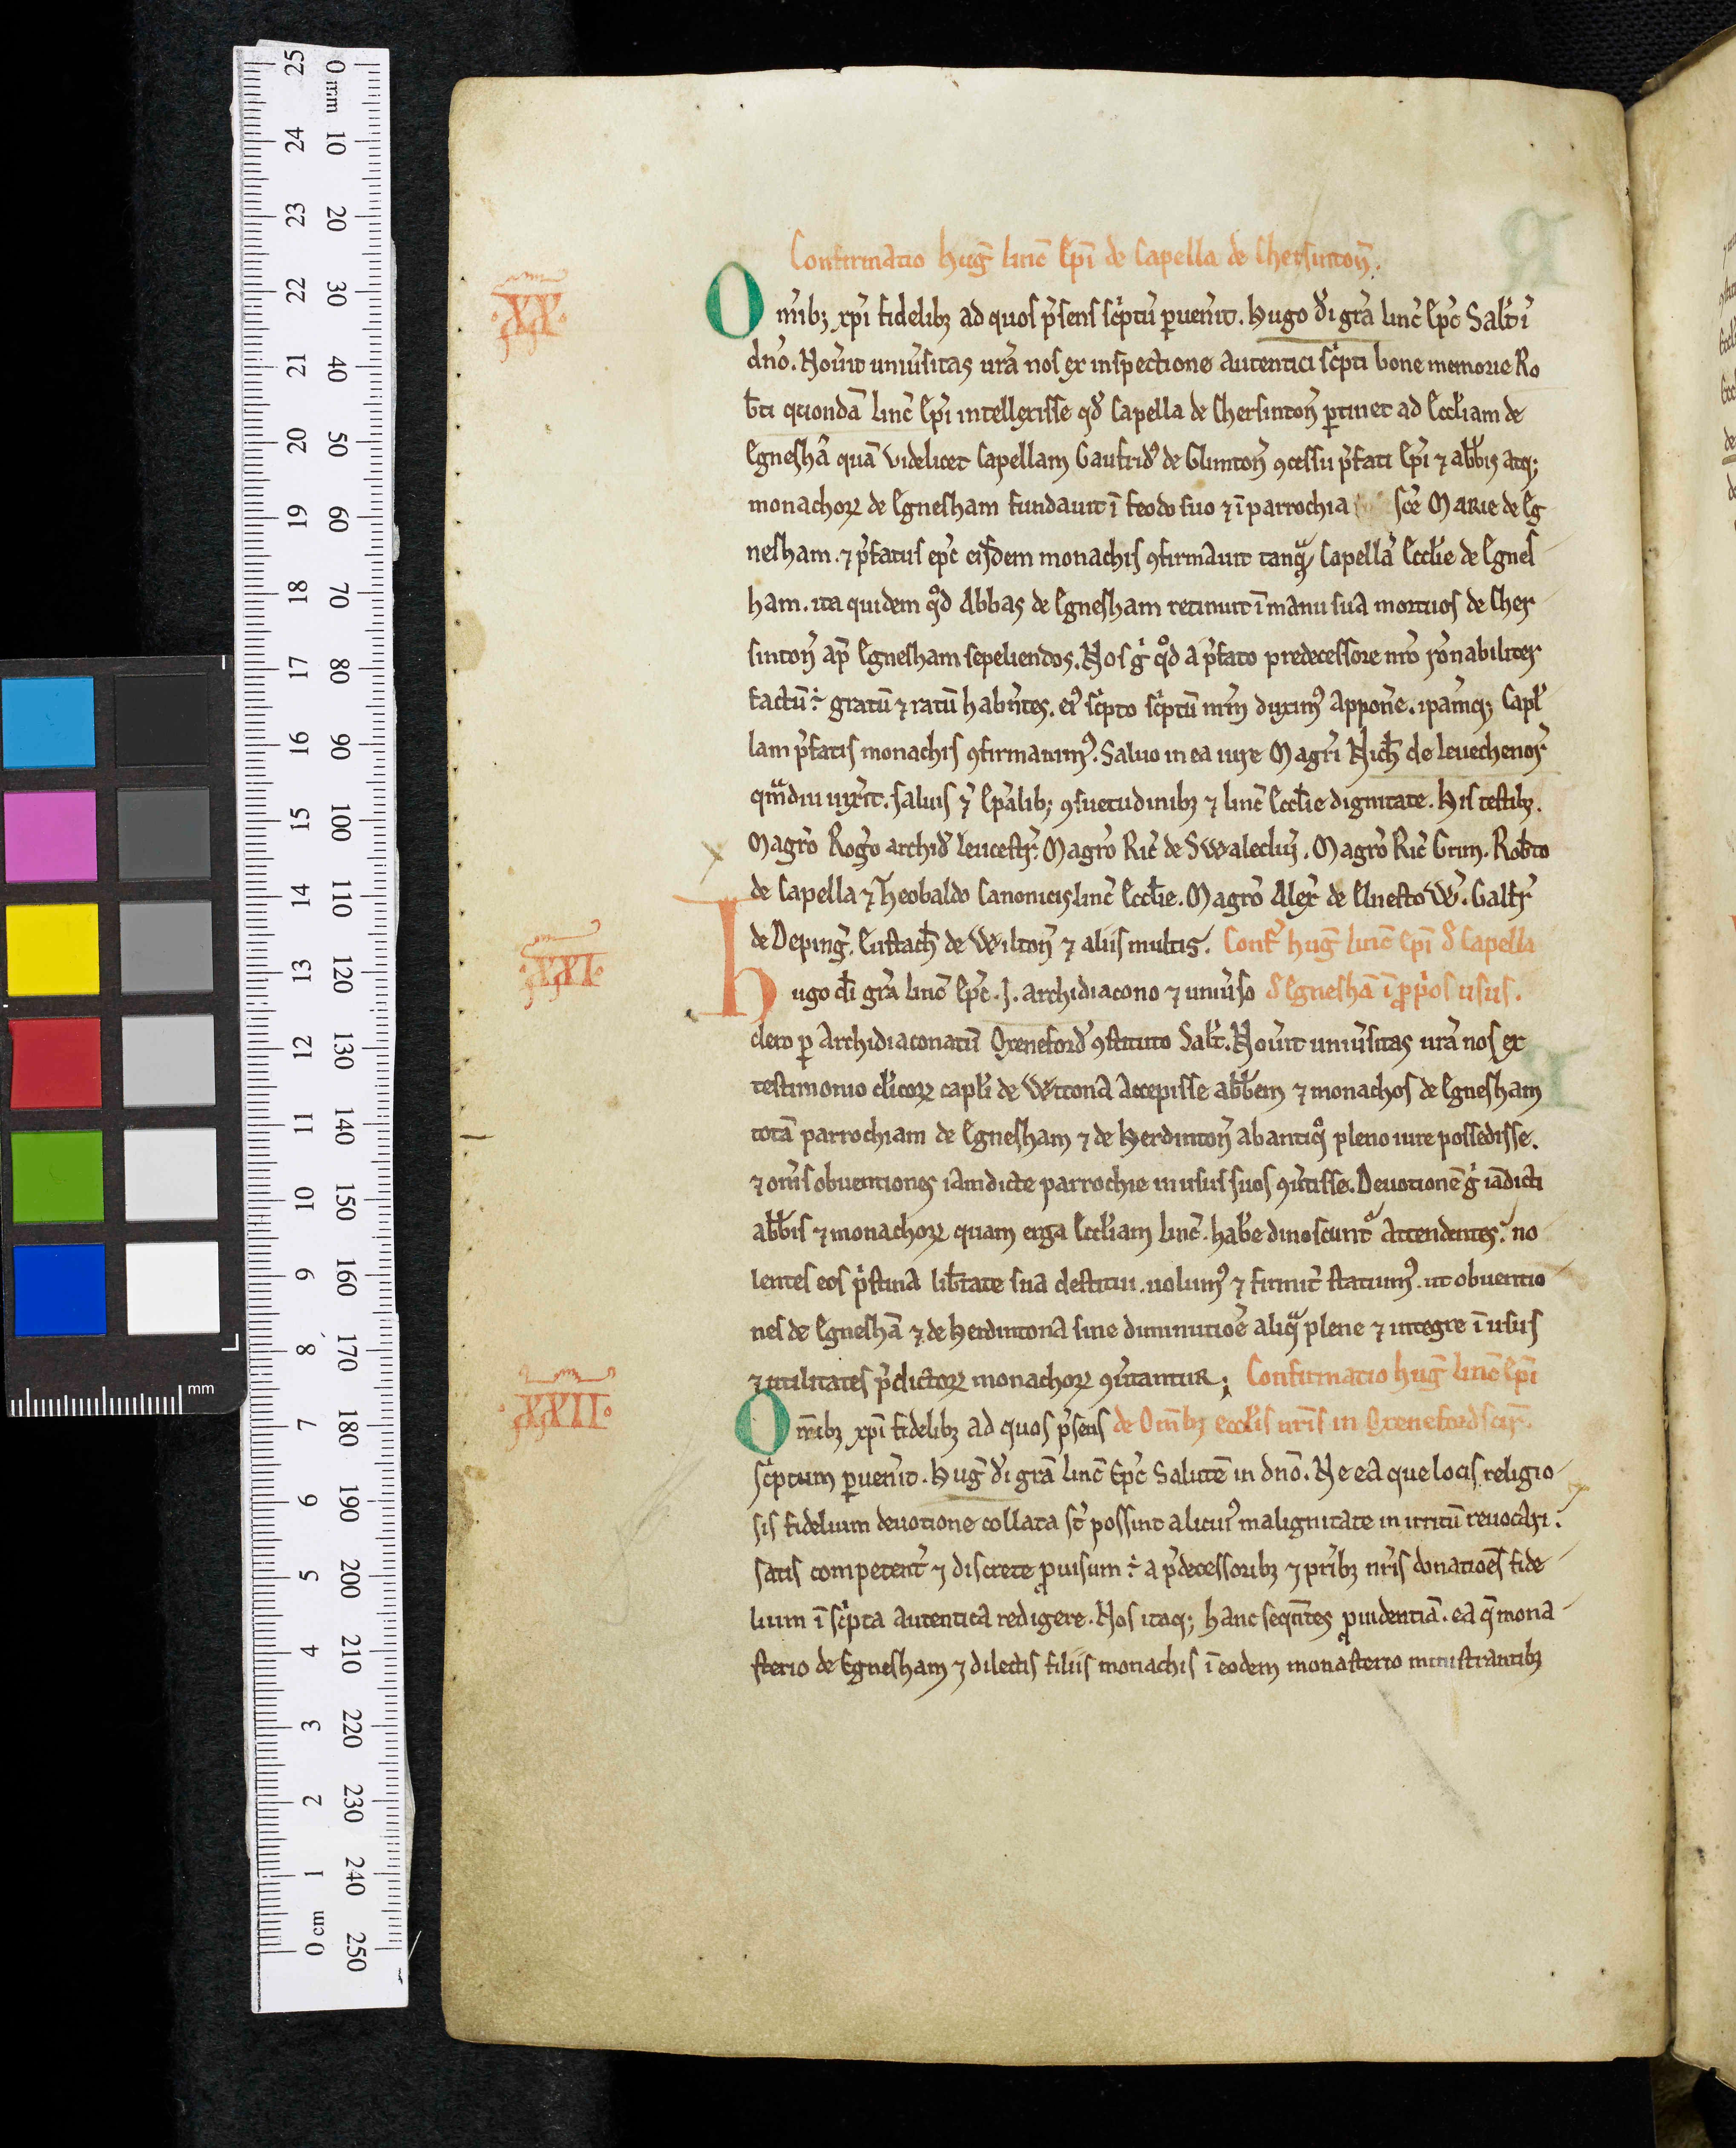
Shelfmark: Oxford, Christ Church Library, 341
Century: 12